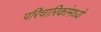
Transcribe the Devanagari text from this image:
परिचारिकांमध्ये